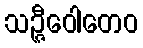
သဉ္ဇီဝေါတေဝ